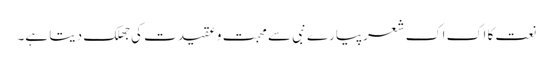
نعت کا اک اک شعرپیارے نبی سے محبت و عقیدت کی جھلک دیتا ہے۔